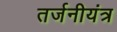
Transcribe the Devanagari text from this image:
तर्जनीयंत्र